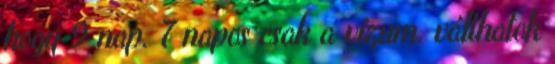
hogy 9 nap. 7 napos csak a vízum. válthatok